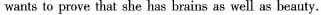
wantsto prove that she has brains as well as beauty.